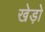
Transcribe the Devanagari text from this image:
खेड़ो